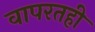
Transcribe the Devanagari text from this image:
वापरतही